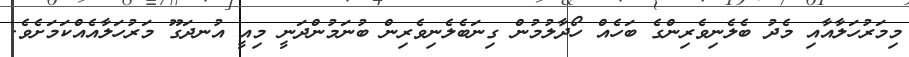
މިމަރުހަލާއާއި މެދު ބެލެނިވެރިންގެ ބަހެއް ހޯދާލުމުން ގިނަބެލެނިވެރިން ބުނަމުންދަނީ މިއީ އުނދަގޫ މަރުހަލާއެއްކަމަށެވެ.